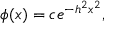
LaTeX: \phi ( x ) = c e ^ { - h ^ { 2 } x ^ { 2 } } ,